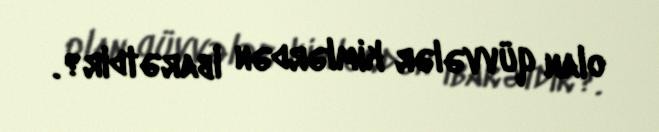
olan qüvvələr kimlərdən ibarətdir?.